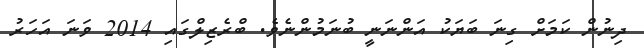
ދިނުން ކަމަށް ގިނަ ބަޔަކު އަންނަނީ ބުނަމުންނެވެ. ބްރެޒިލްގައި 2014 ވަނަ އަހަރު